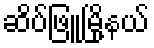
ဆိပ်ဖြူမြို့နယ်